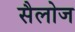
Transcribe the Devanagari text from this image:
सैलोज